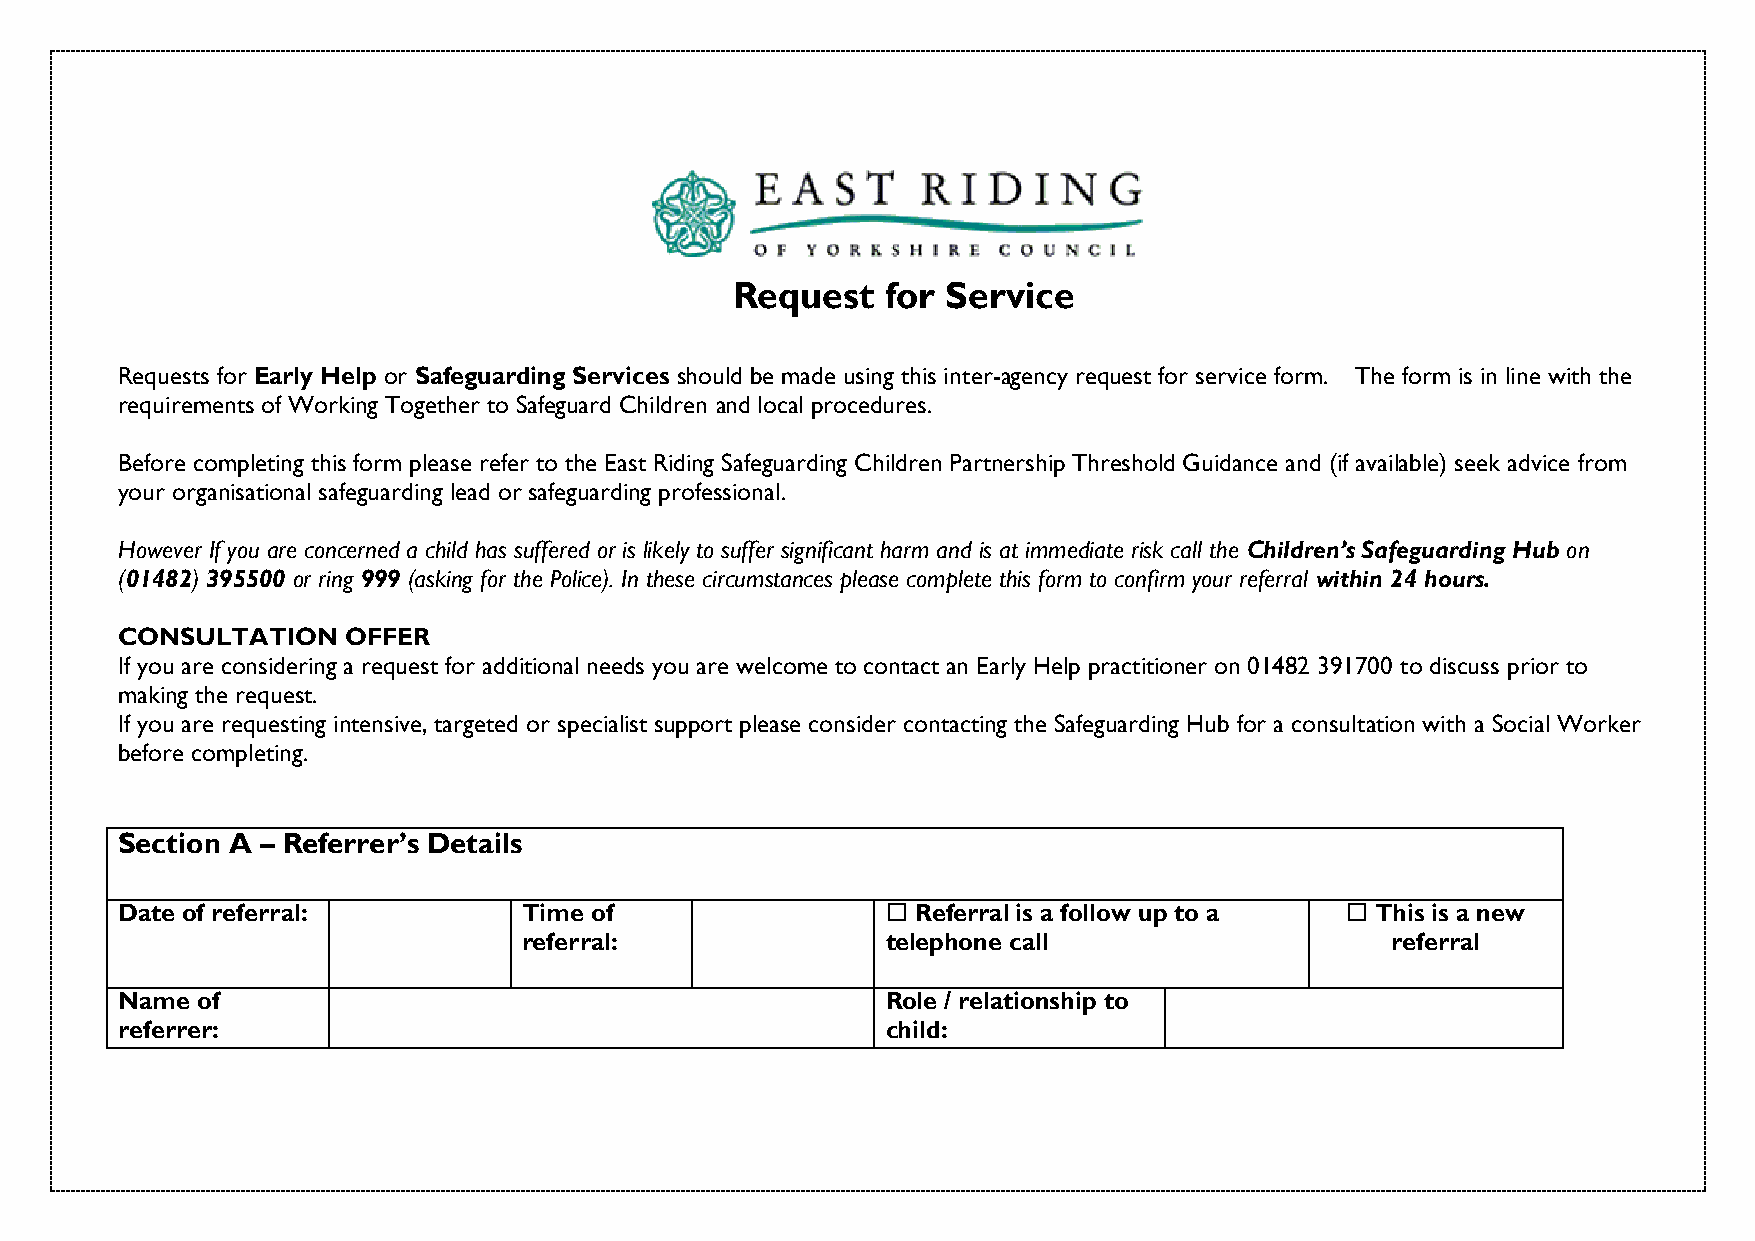
Request    for Service
 Requests for Early Help or Safeguarding Services should be made using this inter-agency request for service form. The form is in line with the
 requirements of Working Together to Safeguard Children and local procedures.
 Before completing this form please refer to the East Riding Safeguarding Children Partnership Threshold Guidance and (if available) seek advice from
 your organisational safeguarding lead or safeguarding professional.
 However If you are concerned a child has suffered or is likely to suffer significant harm and is at immediate risk call the Children’s Safeguarding Hub on
 (01482) 395500 or ring 999 (asking for the Police). In these circumstances please complete this form to confirm your referral within 24 hours.
 CONSULTATION   OFFER
 If you are considering a request for additional needs you are welcome to contact an Early Help practitioner on 01482 391700 to discuss prior to
 making the request.
 If you are requesting intensive, targeted or specialist support please consider contacting the Safeguarding Hub for a consultation with a Social Worker
 before completing.
 Section A – Referrer’s Details
 Date of referral:          Time of                  Referral is a follow up to a  This is a new
 referral:               telephone call                   referral
 Name of                                            Role / relationship to
 referrer:                                          child: